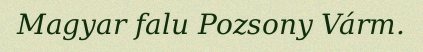
Magyar falu Pozsony Várm.